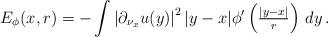
LaTeX: \begin{align*}E_\phi (x,r) = - \int \left|\partial_{\nu_x} u (y)\right|^2 |y-x| \phi' \left({\textstyle\frac{|y-x|}{r}}\right)\, dy\, .\end{align*}